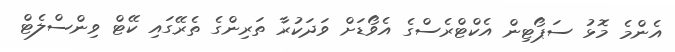
އެންމެ މޮޅު ސަޕޯޓިން އެކްޓްރެސްގެ އެވޯޑަށް ވަދަކުރާ ތަރިންގެ ތެރޭގައި ކޭޓް ވިންސްލެޓް